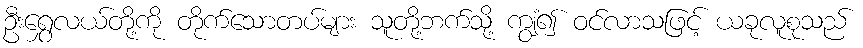
ဦးရွှေလယ်တို့ကို တိုက်သောတပ်များ သူတို့ဘက်သို့ ကျွံ၍ ဝင်လာသဖြင့် ယခုလူစုသည်